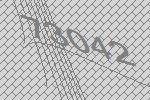
73042